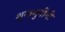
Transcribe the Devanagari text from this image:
शुकमुनींनी